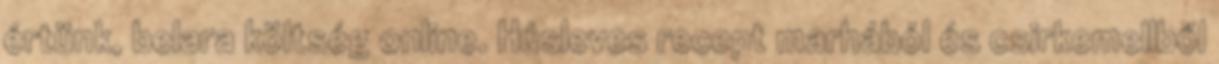
értünk, belara költség online. Húsleves recept marhából és csirkemellből